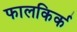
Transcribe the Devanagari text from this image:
फालकिर्क